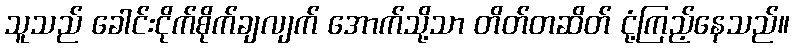
သူသည် ခေါင်းငိုက်စိုက်ချလျက် အောက်သို့သာ တိတ်တဆိတ် ငုံ့ကြည့်နေသည်။